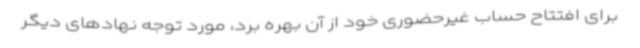
برای افتتاح حساب غیرحضوری خود از آن بهره برد، مورد توجه نهادهای دیگر